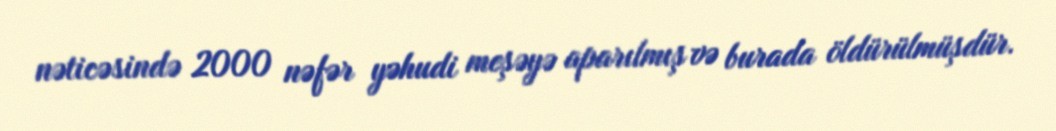
nəticəsində 2000 nəfər yəhudi meşəyə aparılmış və burada öldürülmüşdür.